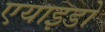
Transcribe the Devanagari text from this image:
एयाइडो